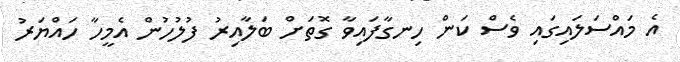
އެ މައްސަލައިގައި ވެސް ކަން ހިނގާފައިވާ ގޮތަށް ބަލާއިރު ފުލުހުން އެމީހާ ހައްޔަރު